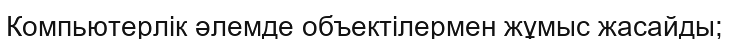
Компьютерлік әлемде объектілермен жұмыс жасайды;